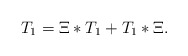
\begin{align*}T_{1}=\Xi\ast T_{1}+T_{1}\ast\Xi. \end{align*}